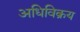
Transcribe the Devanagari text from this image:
अधिविक्रय